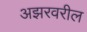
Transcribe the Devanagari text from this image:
अझरवरील